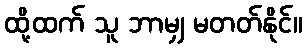
ထို့ထက် သူ ဘာမျှ မတတ်နိုင်။